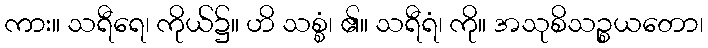
ကား။ သရီရေ၊ ကိုယ်၌။ ဟိ သစ္စံ၊ ၏။ သရီရံ၊ ကို။ အသုစိသဉ္စယတော၊